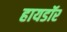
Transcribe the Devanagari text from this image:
हायडॉर